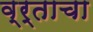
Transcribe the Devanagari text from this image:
व्र्ताचा